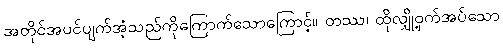
အတိုင်အပင်ပျက်အံ့သည်ကိုကြောက်သောကြောင့်။ တဿ၊ ထိုလျှို့ဝှက်အပ်သော